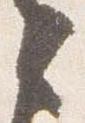
之